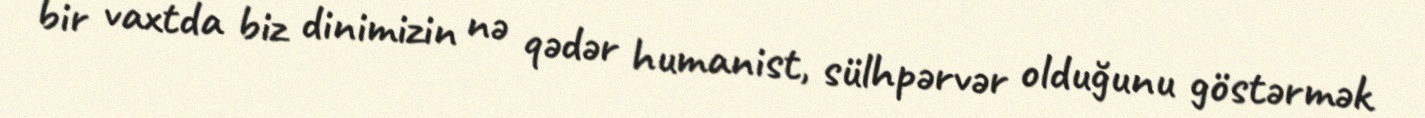
bir vaxtda biz dinimizin nə qədər humanist, sülhpərvər olduğunu göstərmək